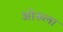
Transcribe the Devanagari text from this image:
ओख्ला